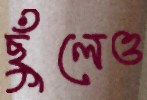
ছুঁলেও